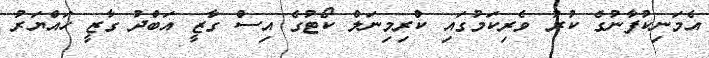
އެމަނިކުފާނުގެ ކުރު ވެރިކަމުގައި ކްރިމިނަލް ކޯޓުގެ އިސް ގާޒީ އަބްދު ގާޒީ ހައްޔަރު